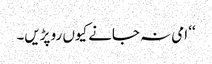
‘‘ امی نہ جانے کیوں رو پڑیں۔